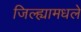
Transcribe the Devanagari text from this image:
जिल्ह्यामधले